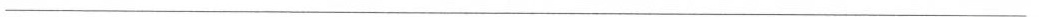
___